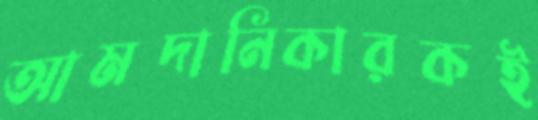
আমদানিকারকই